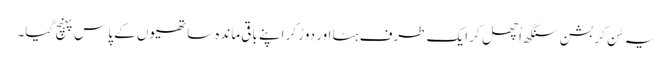
یہ سُن کر بشن سنگھ اُچھل کر ایک طرف ہٹا اور دوڑ کر اپنے باقی ماندہ ساتھیوں کے پاس پہنچ گیا۔